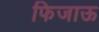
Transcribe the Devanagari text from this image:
फिजाऊ